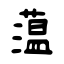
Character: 蕰